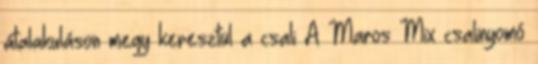
átalakuláson megy keresztül a csali A Maros Mix csalinyomó